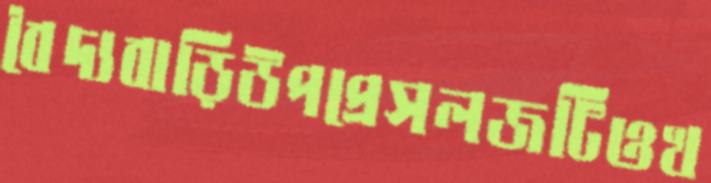
বৈদ্যবাড়িউপপ্রেসলজটিওখ